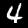
Digit: 4